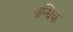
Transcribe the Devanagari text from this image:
गन्धिक